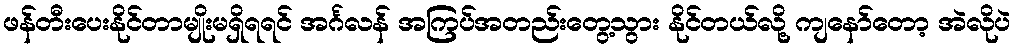
ဖန်တီးပေးနိုင်တာမျိုးမရှိရရင် အင်္ဂလန် အကြပ်အတည်းတွေ့သွား နိုင်တယ်လို့ ကျနော်တော့ အဲလိုပဲ